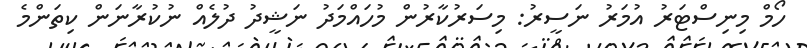
ހޯމް މިނިސްޓަރު އުމަރު ނަސީރު: މިސަރުކާރުން މުހައްމަދު ނަޝީދު ދުލެއް ނުކުރާނަން ކިތަންމެ